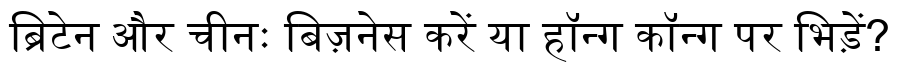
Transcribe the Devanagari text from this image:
ब्रिटेन और चीनः बिज़नेस करें या हॉन्ग कॉन्ग पर भिड़ें?